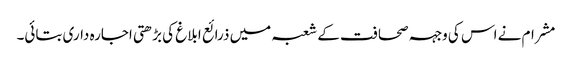
مشرام نے اس کی وجہہ صحافت کے شعبہ میں ذرائع ابلاغ کی بڑھتی اجارہ داری بتائی۔